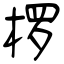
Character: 椤